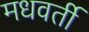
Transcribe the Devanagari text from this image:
मधवर्ती